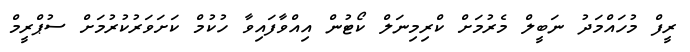
ރީފް މުހައްމަދު ނަބީލް މެރުމަށް ކްރިމިނަލް ކޯޓުން އިއްވާފައިވާ ހުކުމް ކަށަވަރުކުރުމަށް ސުޕްރީމް